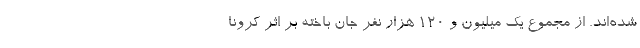
شده‌اند. از مجموع یک میلیون و ۱۲۰ هزار نفر جان باخته بر اثر کرونا